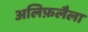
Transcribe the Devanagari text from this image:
अलिफ़लैला